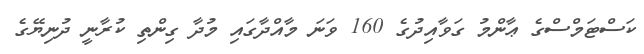
ކަސްޓަމްސްގެ ޢާންމު ގަވާއިދުގެ 160 ވަނަ މާއްދާގައި މުދާ ގިންތި ކުރާނީ ދުނިޔޭގެ